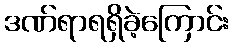
ဒဏ်ရာရရှိခဲ့ကြောင်း